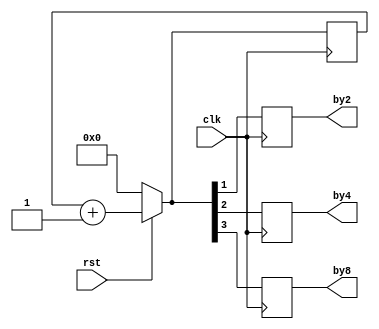
`timescale 1ns / 1ps
//////////////////////////////////////////////////////////////////////////////////
// Company: 
// Engineer: 
// 
// Design Name: 
// Module Name:    clockdivider 
// Project Name: 
// Target Devices: 
// Tool versions: 
// Description: 
//
// Dependencies: 
//
// Revision: 
// Revision 0.01 - File Created
// Additional Comments: 
//
//////////////////////////////////////////////////////////////////////////////////
module clockdivider(by2,by4,by8,clk,rst
    );
input clk,rst;
output reg by2,by4,by8;
reg [3:0] b;
always @(posedge clk)
begin
if(rst==0)
b=4'b0000;
else
b=b+4'b0001;
by2=b[1];
by4=b[2];
by8=b[3];
end
endmodule